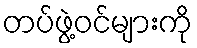
တပ်ဖွဲ့ဝင်များကို